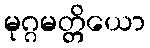
မုဂ္ဂမတ္တိယော